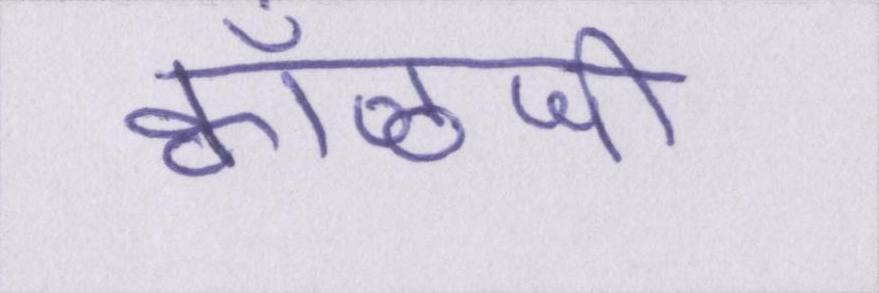
क्वाँळजी